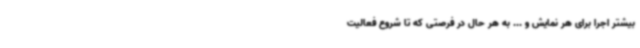
بیشتر اجرا برای هر نمایش و ... به هر حال در فرصتی که تا شروع فعالیت